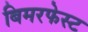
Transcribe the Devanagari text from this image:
बिमरफेस्ट